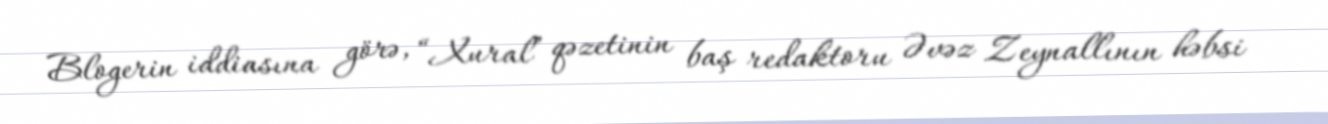
Blogerin iddiasına görə, “Xural” qəzetinin baş redaktoru Əvəz Zeynallının həbsi